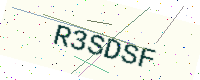
Text: R3SDSF